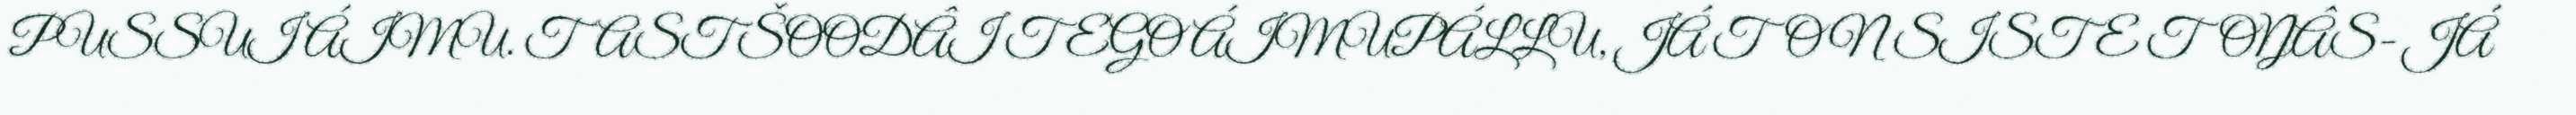
PUSSUI ÁIMU. TAST ŠOODÂI TEGO ÁIMUPÁLLU, JÁ TON SISTE TOŊÂS- JÁ